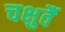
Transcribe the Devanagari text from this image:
चक्षुर्वै